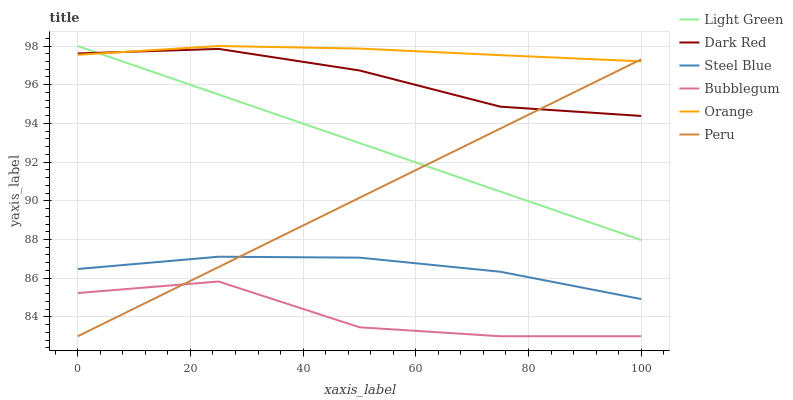
| xaxis_label | Light Green | Dark Red | Steel Blue | Bubblegum | Orange | Peru |
 | --- | --- | --- | --- | --- | --- | --- |
 | 0 | 98 | 97.6 | 86.5 | 85.2 | 97.5 | 83 |
 | 25 | 95.5 | 97.9 | 87.1 | 85.8 | 98 | 86.6 |
 | 50 | 93 | 96.7 | 87.1 | 83.5 | 97.9 | 90.2 |
 | 75 | 90.5 | 94.9 | 86.3 | 83 | 97.5 | 93.7 |
 | 100 | 88 | 94.4 | 84.9 | 83 | 97.2 | 97.3 |